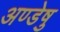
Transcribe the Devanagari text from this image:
अण्डेषु